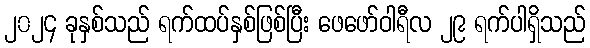
၂၀၂၄ ခုနှစ်သည် ရက်ထပ်နှစ်ဖြစ်ပြီး ဖေဖော်ဝါရီလ ၂၉ ရက်ပါရှိသည်